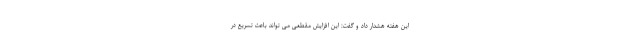
این هفته هشدار داد و گفت: این افزایش مقطعی می تواند باعث تسریع در